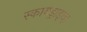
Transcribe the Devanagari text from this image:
स्कायड्राइव्ह